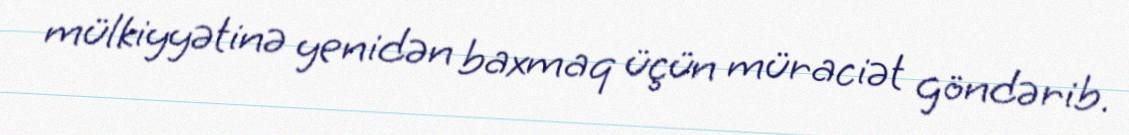
mülkiyyətinə yenidən baxmaq üçün müraciət göndərib.